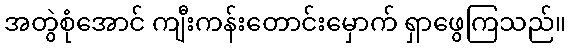
အတွဲစုံအောင် ကျီးကန်းတောင်းမှောက် ရှာဖွေကြသည်။